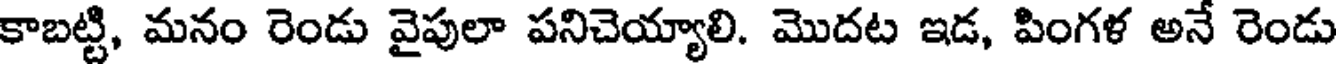
కాబట్టి, మనం రెండు వైపులా పనిచెయ్యాలి. మొదట ఇడ, పింగళ అనే రెండు